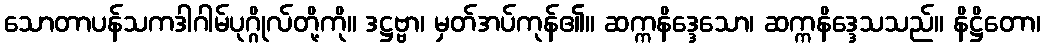
သောတာပန်သကဒါဂါမ်ပုဂ္ဂိုလ်တို့ကို။ ဒဋ္ဌဗ္ဗာ၊ မှတ်အပ်ကုန်၏။ ဆက္ကနိဒ္ဒေသော၊ ဆက္ကနိဒ္ဒေသသည်။ နိဋ္ဌိတော၊